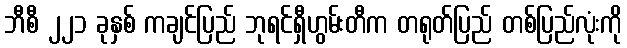
ဘီစီ ၂၂၁ ခုနှစ် ကချင်ပြည် ဘုရင်ရှီဟွမ်းတီက တရုတ်ပြည် တစ်ပြည်လုံးကို